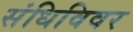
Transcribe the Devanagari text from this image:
संधिविवर